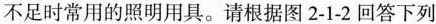
不足时常用的照明用具。请根据图2-1-2回答下列